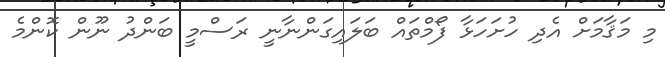
މި މަޤާމަށް އެދި ހުށަހަޅާ ފޯމްތައް ބަލައިގަންނާނީ ރަސްމީ ބަންދު ނޫން ކޮންމެ